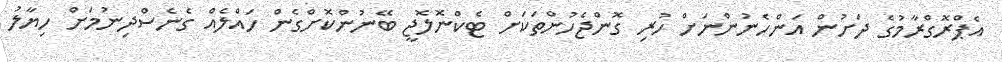
އެޕްރޮގްރާމުގެ ދަށުން އަންހެނުންނަށް ހުރި ގޮންޖެހުންތަކަށް ޓެކްނޮލޮޖީ ބޭނުންކޮށްގެން ހައްލެއް ގެނެސްދިނުމަށް ހިޔާލު